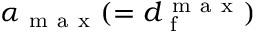
\alpha _ { \mathrm { ~ m ~ a ~ x ~ } } ( = d _ { \mathrm { ~ f ~ } } ^ { \mathrm { ~ m ~ a ~ x ~ } } )